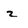
Character: z